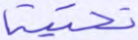
تحتية